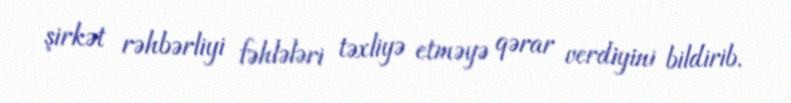
şirkət rəhbərliyi fəhlələri təxliyə etməyə qərar verdiyini bildirib.